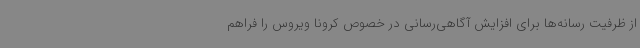
از ظرفیت رسانه‌ها برای افزایش آگاهی‌رسانی در خصوص کرونا ویروس را فراهم